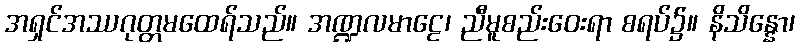
အရှင်အဿဂုတ္တမထေရ်သည်။ အဏ္ဍလမာဠေ၊ ညီမူစည်းဝေးရာ စရပ်၌။ နိသိန္နော၊